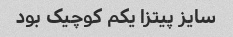
سایز پیتزا یکم کوچیک بود